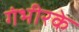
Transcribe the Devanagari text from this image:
गंभीरके